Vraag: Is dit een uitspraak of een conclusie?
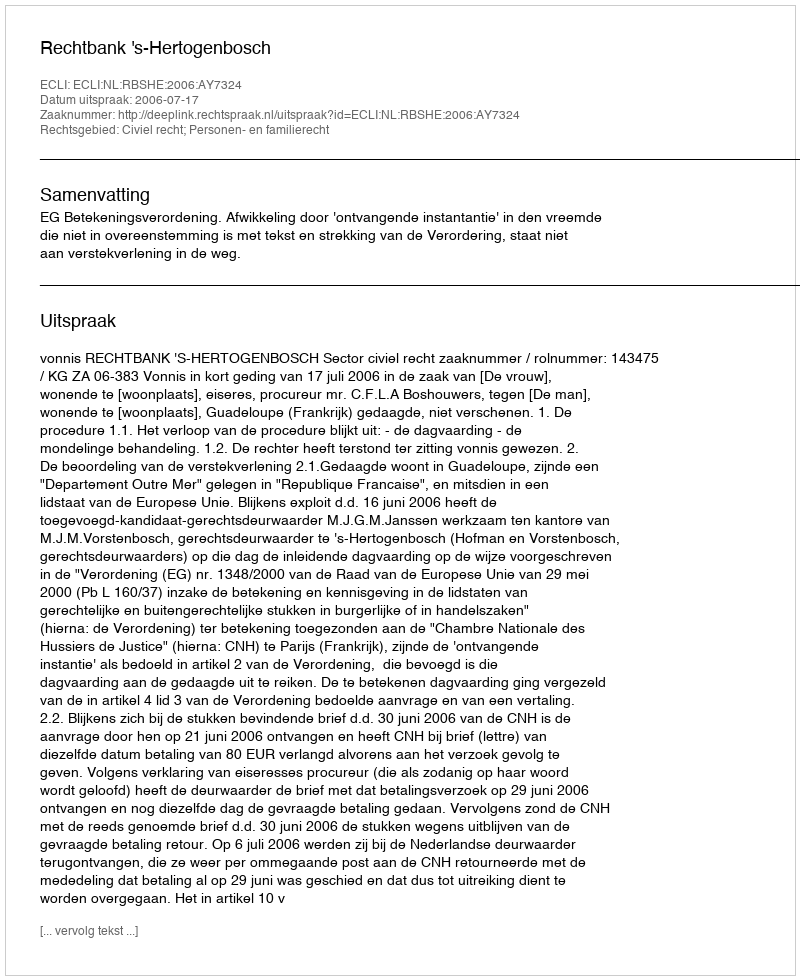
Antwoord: Uitspraak